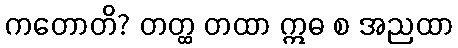
ကတောတိ? တတ္ထ တထာ ဣဓ စ အညထာ